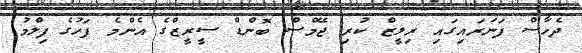
ދެހާސް ފަނަރައިގައި ރިލީޒް ކުރި ޖޭމްސް ބޮންޑް ސީރީޒްގެ އެންމެ ފަހުގެ ފިލްމު